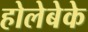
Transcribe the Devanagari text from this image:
होलेबेके